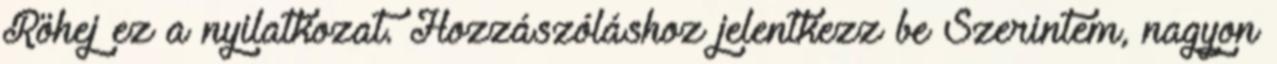
Röhej ez a nyilatkozat. Hozzászóláshoz jelentkezz be Szerintem, nagyon